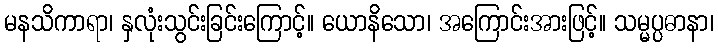
မနသိကာရာ၊ နှလုံးသွင်းခြင်းကြောင့်။ ယောနိသော၊ အကြောင်းအားဖြင့်။ သမ္မပ္ပဓာနာ၊